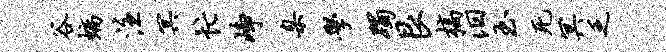
谷螭注冥忙峥臬学躅艮槁汨玉死冥乏